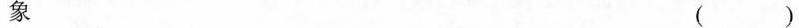
象 ()